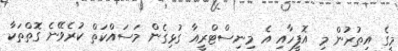
މީގެ އިތުރުން މި އޮފީހާއި އެ މިނިސްޓްރީއާ ގުޅިގެން މަސައްކަތް ކުރެވޭނެ ގޮތްތަކާ